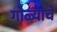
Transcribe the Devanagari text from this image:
गोळ्याचे